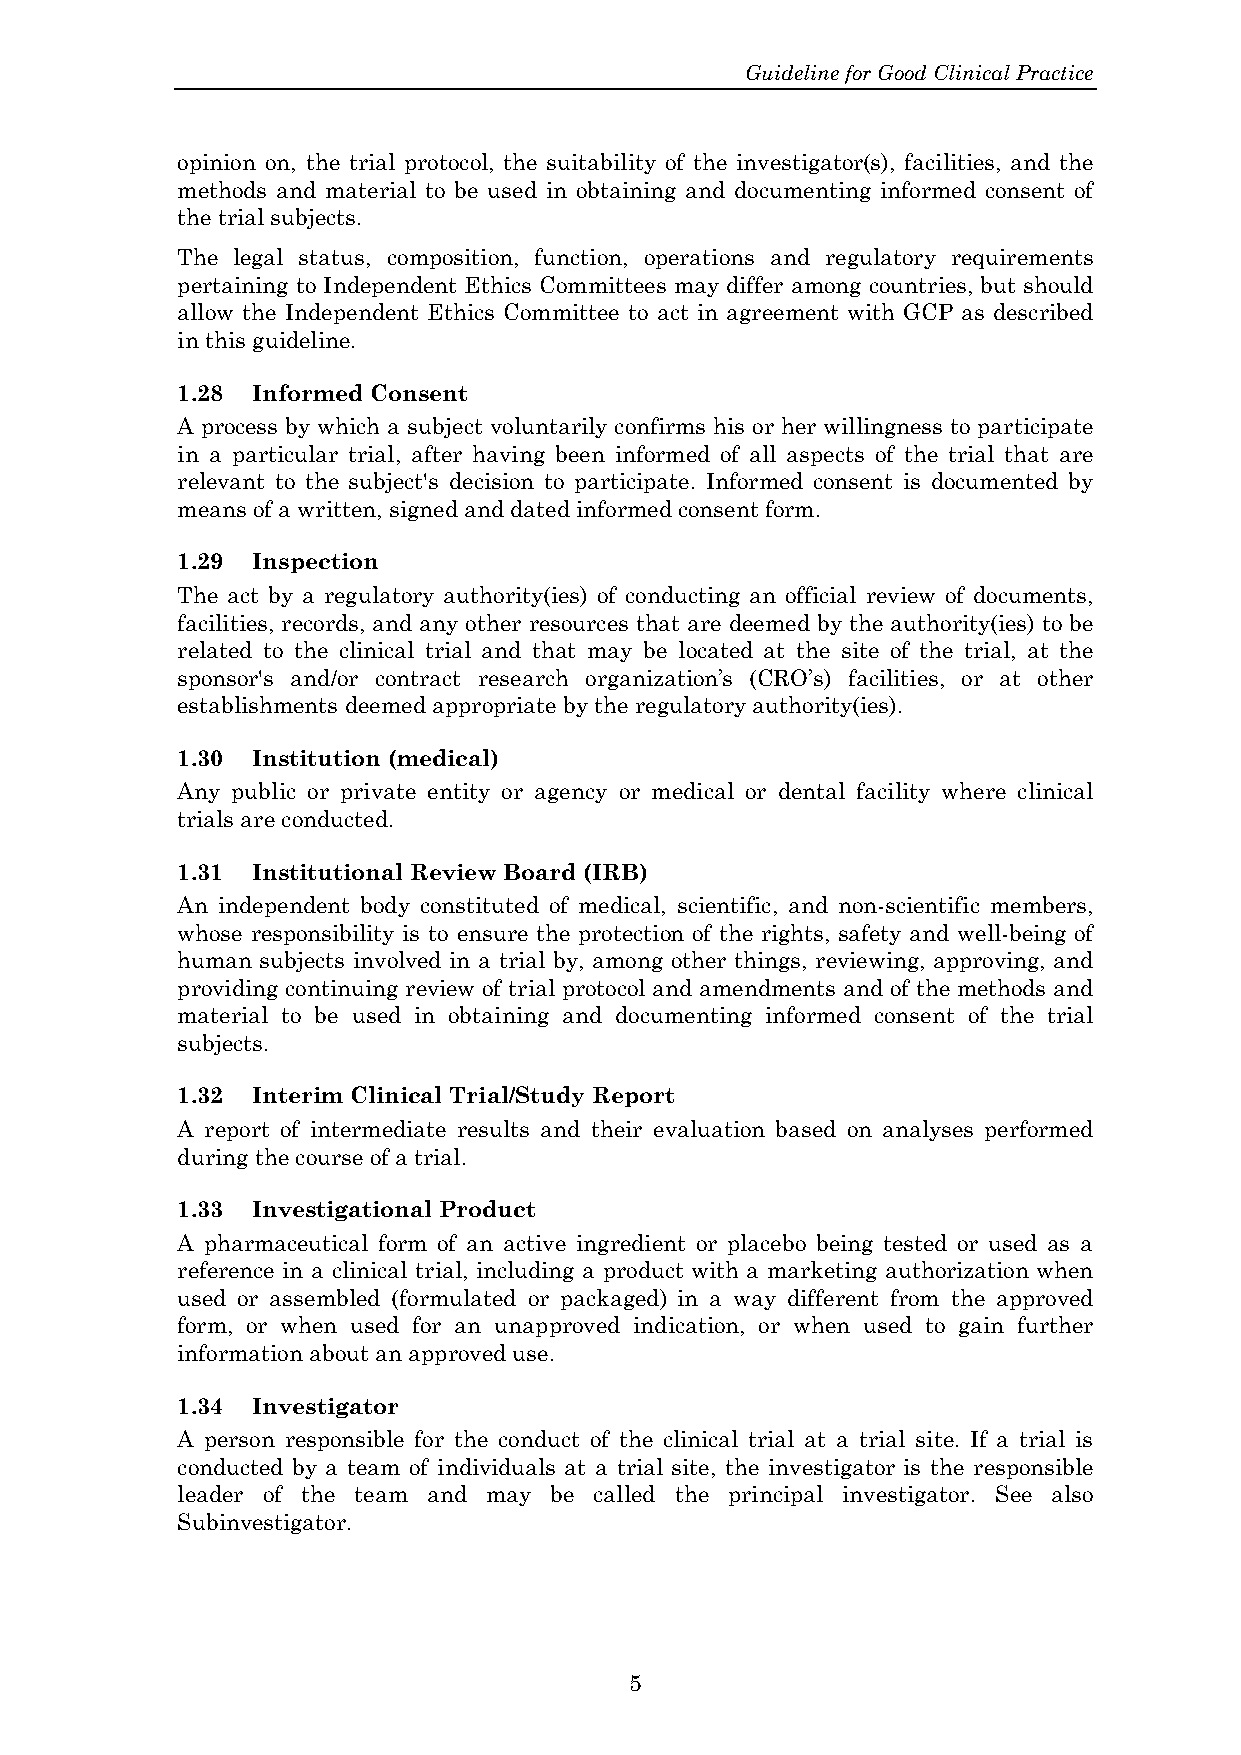
Guideline for Good Clinical Practice
 opinion on, the trial protocol, the suitability of the investigator(s), facilities, and the
 methods and material to be used in obtaining and documenting informed consent of
 the trial subjects.
 The legal status, composition, function, operations and regulatory requirements
 pertaining to Independent Ethics Committees may differ among countries, but should
 allow the Independent Ethics Committee to act in agreement with GCP as described
 in this guideline.
 1.28 Informed Consent
 A process by which a subject voluntarily confirms his or her willingness to participate
 in a particular trial, after having been informed of all aspects of the trial that are
 relevant to the subject's decision to participate. Informed consent is documented by
 means of a written, signed and dated informed consent form.
 1.29 Inspection
 The act by a regulatory authority(ies) of conducting an official review of documents,
 facilities, records, and any other resources that are deemed by the authority(ies) to be
 related to the clinical trial and that may be located at the site of the trial, at the
 sponsor's and/or contract research organization’s (CRO’s) facilities, or at other
 establishments deemed appropriate by the regulatory authority(ies).
 1.30 Institution (medical)
 Any public or private entity or agency or medical or dental facility where clinical
 trials are conducted.
 1.31 Institutional Review Board (IRB)
 An independent body constituted of medical, scientific, and non-scientific members,
 whose responsibility is to ensure the protection of the rights, safety and well-being of
 human subjects involved in a trial by, among other things, reviewing, approving, and
 providing continuing review of trial protocol and amendments and of the methods and
 material to be used in obtaining and documenting informed consent of the trial
 subjects.
 1.32 Interim Clinical Trial/Study Report
 A report of intermediate results and their evaluation based on analyses performed
 during the course of a trial.
 1.33 Investigational Product
 A pharmaceutical form of an active ingredient or placebo being tested or used as a
 reference in a clinical trial, including a product with a marketing authorization when
 used or assembled (formulated or packaged) in a way different from the approved
 form, or when used for an unapproved indication, or when used to gain further
 information about an approved use.
 1.34 Investigator
 A person responsible for the conduct of the clinical trial at a trial site. If a trial is
 conducted by a team of individuals at a trial site, the investigator is the responsible
 leader of the team and may be called the principal investigator. See also
 Subinvestigator.
 5